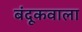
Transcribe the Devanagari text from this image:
बंदूकवाला